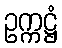
ဥက္ကဋ္ဌံ